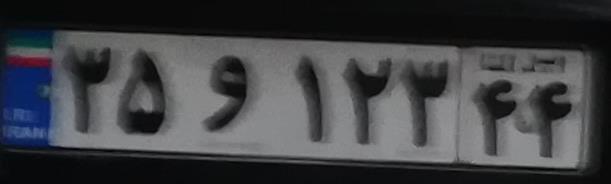
۳۵و۱۲۳۴۴